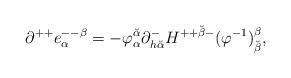
LaTeX: \begin{align*}\partial^{++} e^{--\beta}_\alpha= - \varphi^{\breve\alpha}_\alpha \partial^-_{h {\breve\alpha}}H^{++ {\breve\beta} -}(\varphi^{-1})_{\breve\beta}^\beta,\end{align*}